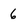
Character: 6